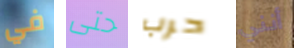
في حتى حرب أنني